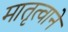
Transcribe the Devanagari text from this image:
मातृत्वाने